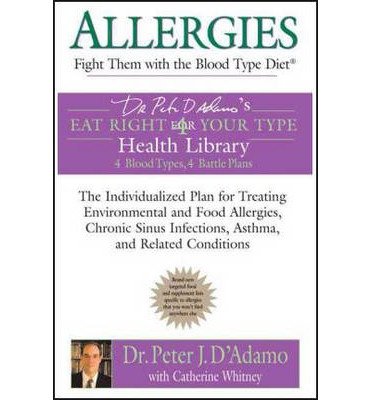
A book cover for [(Allergies: Fight Them with the Blood Type Diet)] [Author: Peter D'Adamo] published on (December, 2005); Peter D'Adamo; Health, Fitness & Dieting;